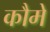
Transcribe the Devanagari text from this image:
कौमे